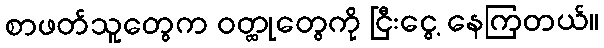
စာဖတ်သူတွေက ဝတ္ထုတွေကို ငြီးငွေ့ နေကြတယ်။